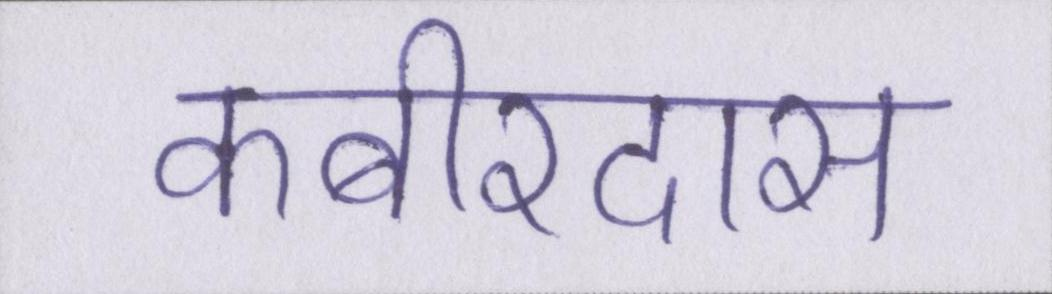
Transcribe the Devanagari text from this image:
कबीरदास